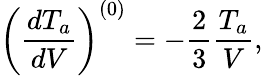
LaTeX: \left(\frac{dT_{a}}{dV}\right)^{(0)}=-\frac{2}{3}\frac{T_{a}}{V},